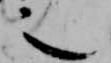
之